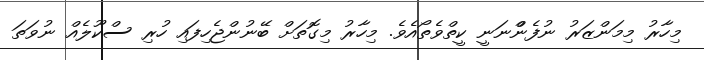
މިހާރު މިމަންޒަރު ނުފެންްނަނީ ކީތްވެތޯއެވެ. މިހާރު މިގޮތަށް ބޭނުންޖެހިފައި ހުރި ސްކޫލެއް ނުވަތަ